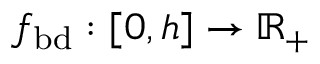
f _ { \mathrm { b d } } : [ 0 , h ] \rightarrow \mathbb { R } _ { + }